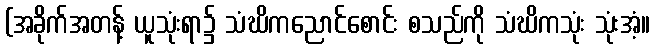
(အခိုက်အတန့် ယူသုံးရာ၌ သံဃိကညောင်စောင်း စသည်ကို သံဃိကသုံး သုံးအံ့။